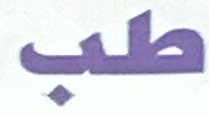
طب